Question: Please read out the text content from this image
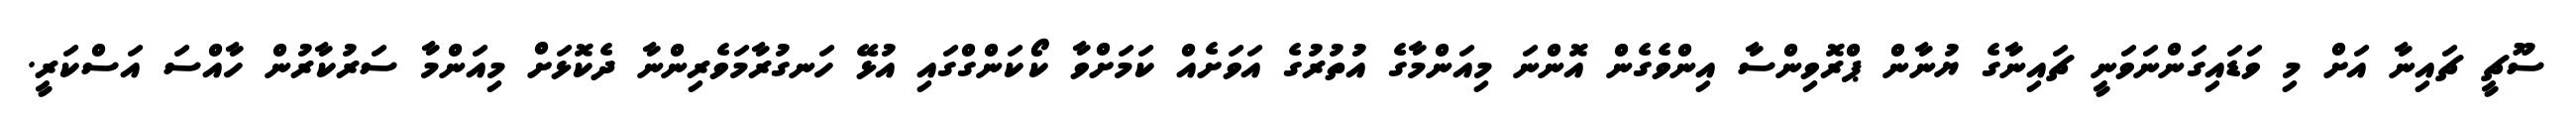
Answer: ސޫޗީ ޗައިނާ އަށް މި ވަޑައިގަންނަވަނީ ޗައިނާގެ ޔުނާން ޕްރޮވިންސާ އިންވެގެން އޮންނަ މިއަންމާގެ އުތުރުގެ އަވަށެއް ކަމަށްވާ ކޯކަންގްގައި އުޅޭ ހަނގުރާމަވެރިންނާ ދެކޮޅަށް މިއަންމާ ސަރުކާރުން ހާއްސަ އަސްކަރީ.